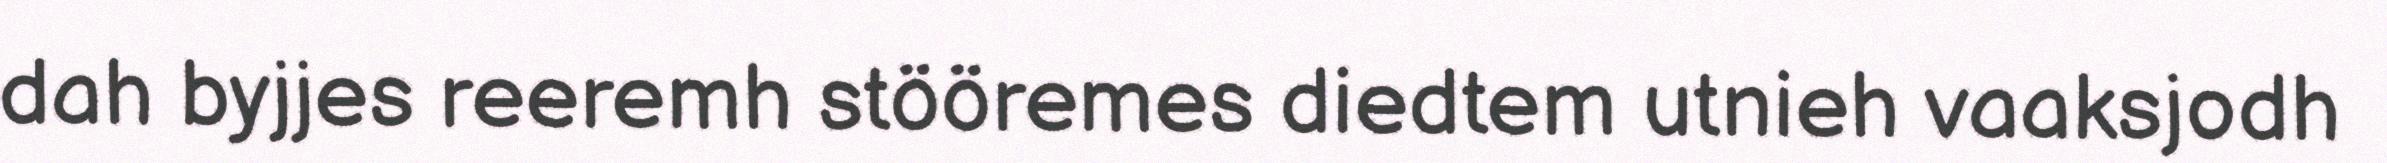
dah byjjes reeremh stööremes diedtem utnieh vaaksjodh